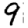
Digit: 9